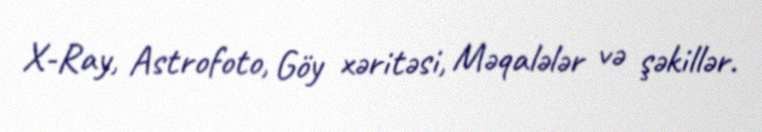
X-Ray, Astrofoto, Göy xəritəsi, Məqalələr və şəkillər.